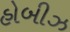
હોબીઝ